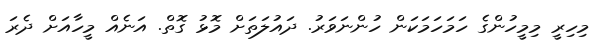
މިހިރީ މިމީހުންގެ ހަމަހަމަކަން ހުންނަވަރު. ދައުލަތަށް މޮޅު ގޮތް. އަނެއް މީހާއަށް ދެރަ